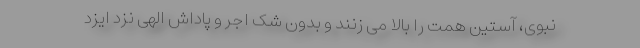
نبوی، آستین همت را بالا می زنند و بدون شک اجر و پاداش الهی نزد ایزد